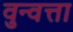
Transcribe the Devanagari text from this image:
वुन्वत्ता